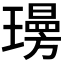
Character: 𭺄